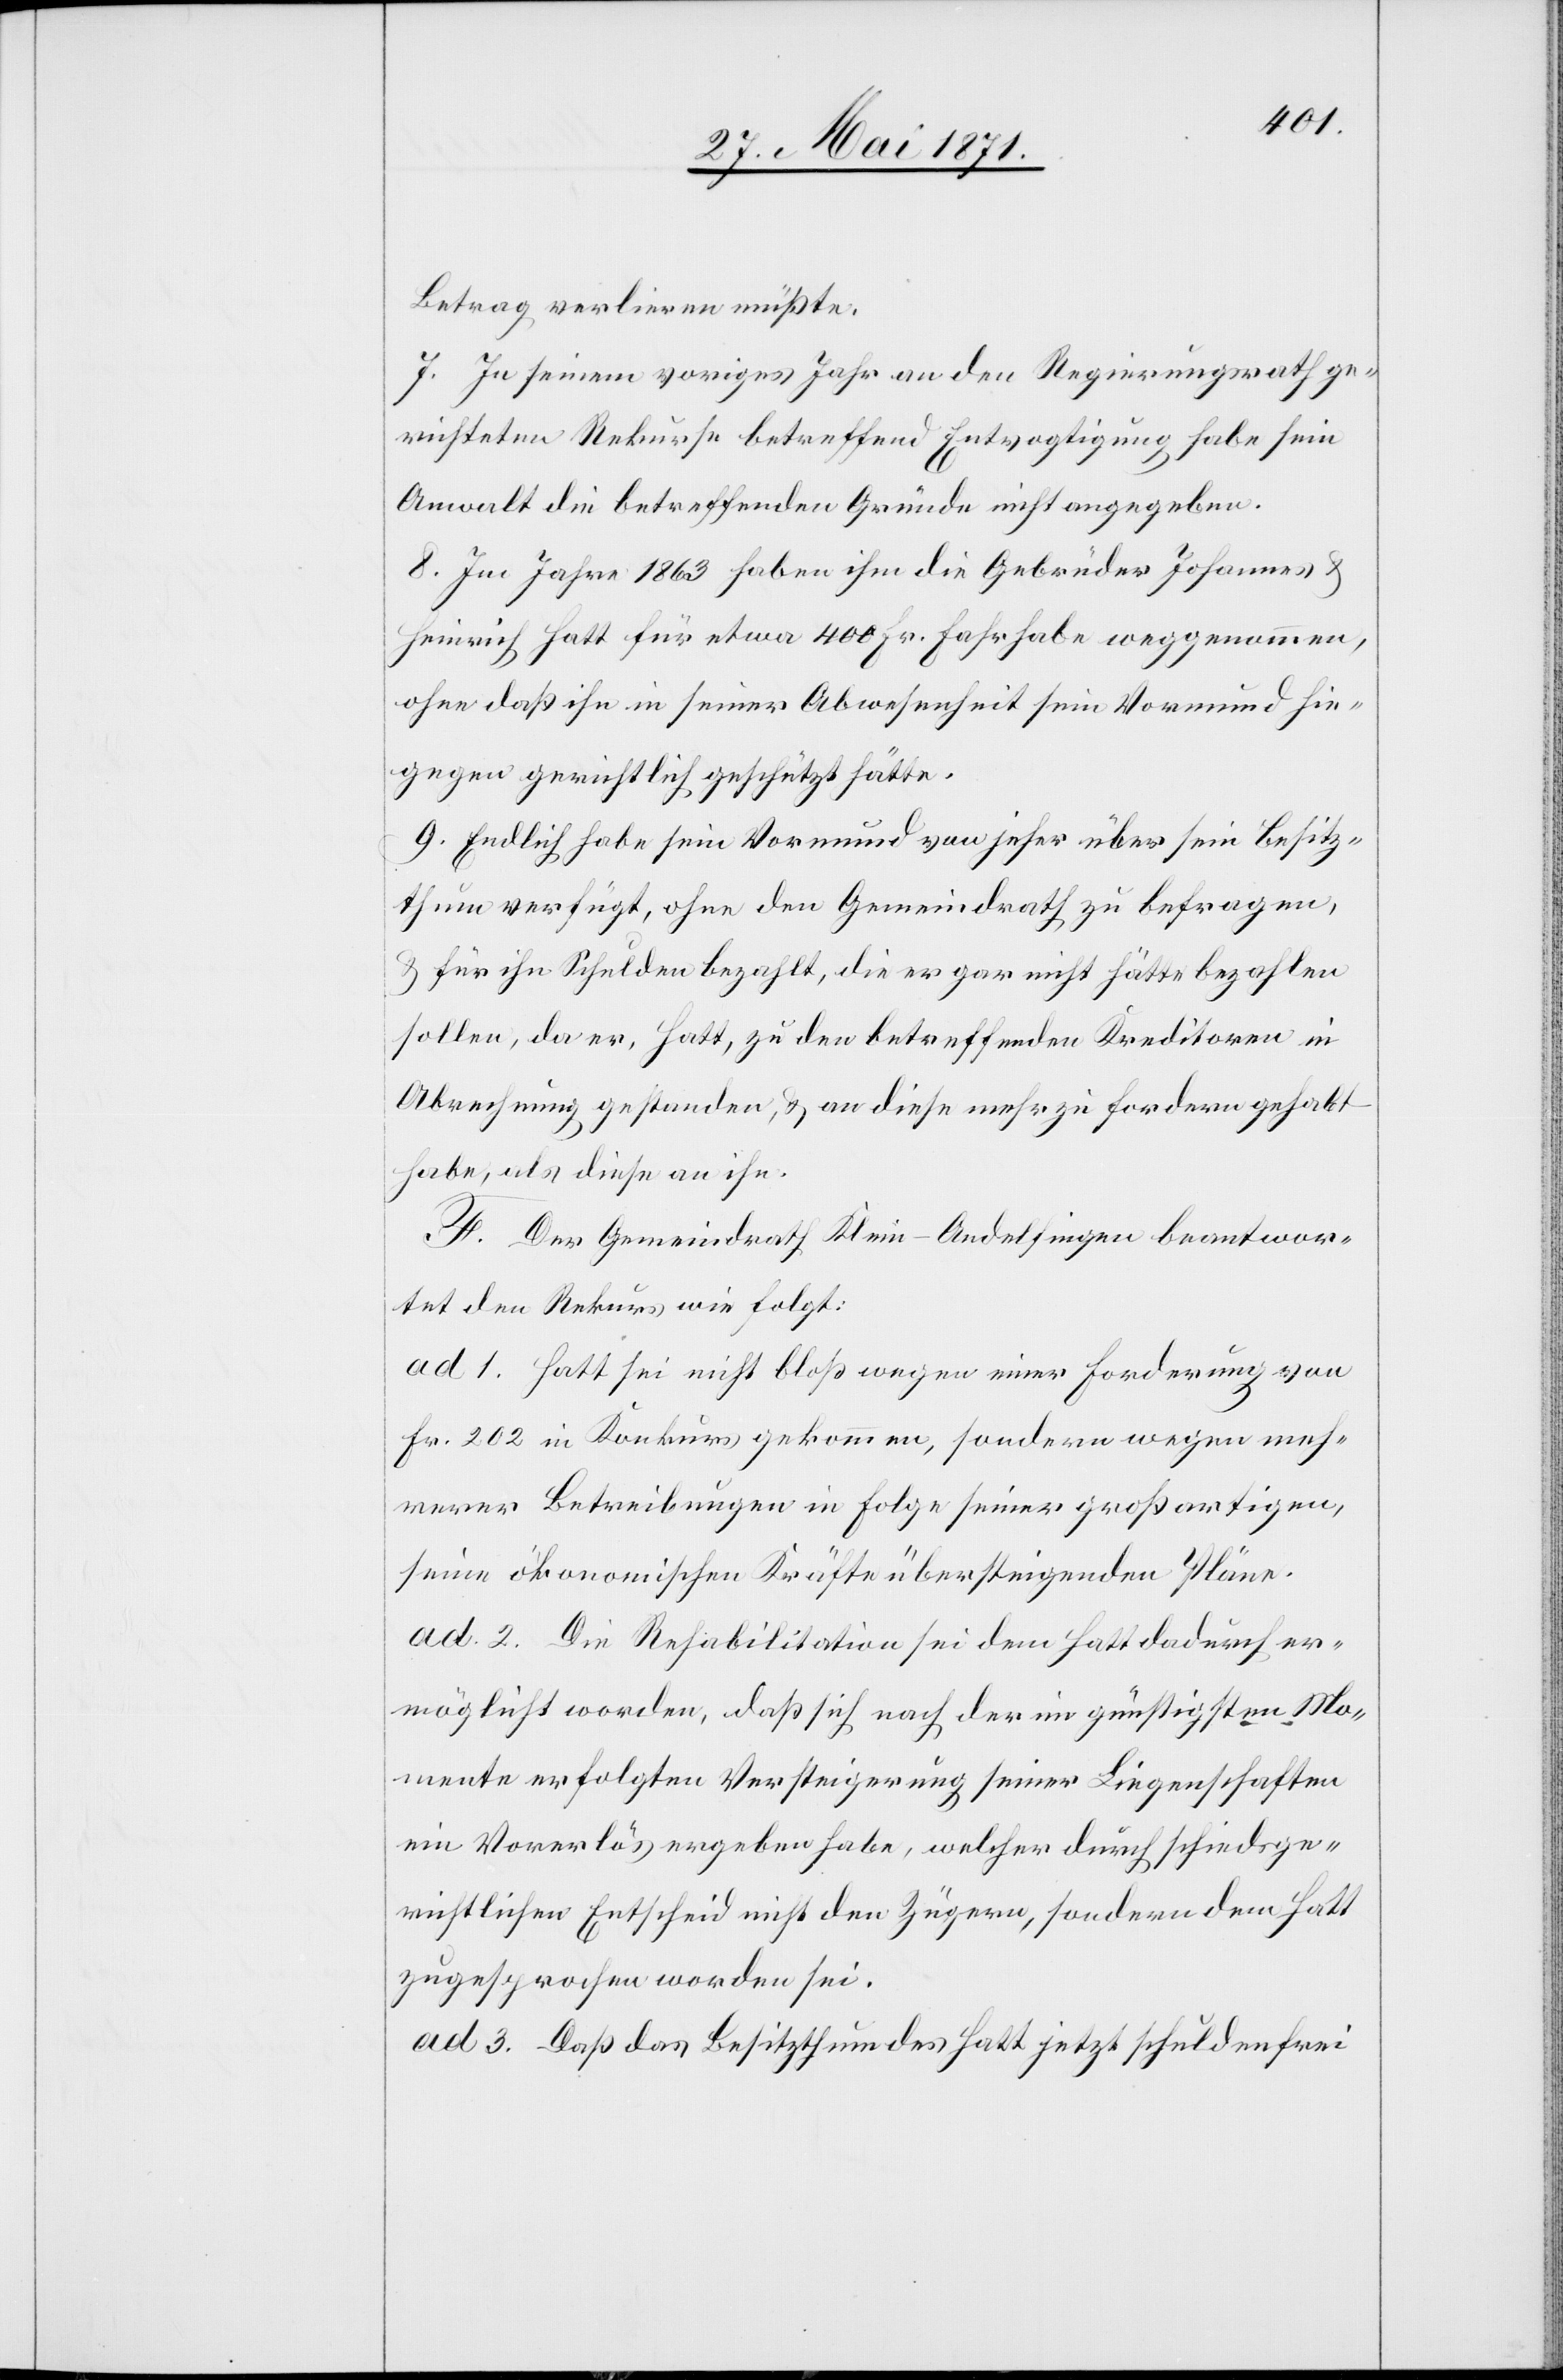
Betrag verlieren müßte.
7. In seinem vorigen Jahr an den Regierungsrath ge¬
richteten Rekurse betreffend Entvogtigung habe sein
Anwalt die betreffenden Gründe nicht angegeben.
8. Im Jahre 1863 haben ihm die Gebrüder Johannes u.
Heinrich Hatt für etwa 400 Fr. Fahrhabe weggenommen,
ohne daß ihn in seiner Abwesenheit sein Vormund hie¬
gegen gerichtlich geschützt hätte.
9. Endlich habe sein Vormund von jeher über sein Besitz¬
thum verfügt, ohne den Gemeindrath zu befragen,
u. für ihn Schulden bezahlt, die er gar nicht hätte bezahlen
sollen, da er, Hatt, zu den betreffenden Kreditoren in
Abrechnung gestanden, u. an diese mehr zu fordern gehabt
habe, als diese an ihn.
F. Der Gemeindrath Klein-Andelfingen beantwor¬
tet den Rekurs wie folgt:
ad 1. Hatt sei nicht bloß wegen einer Forderung von
Fr. 202 in Konkurs gekommen, sondern wegen meh¬
rerer Betreibungen in Folge seiner großartigen,
seine ökonomischen Kräfte übersteigenden Pläne.
ad 2. Die Rehabilitation sei dem Hatt dadurch er¬
möglicht worden, daß sich nach der im günstigen Mo¬
mente erfolgten Versteigerung seiner Liegenschaften
ein Vorerlös ergeben habe, welcher durch schiedsge¬
richtlichen Entscheid nicht den Zügern, sondern dem Hatt
zugesprochen worden sei.
ad 3. Daß das Besitzthum des Hatt jetzt schuldenfrei